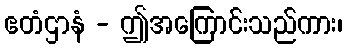
ဧတံဌာနံ - ဤအကြောင်းသည်ကား၊